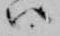
ハ